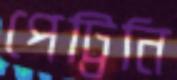
পেট্টিনি